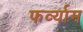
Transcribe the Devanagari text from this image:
फर्व्याम